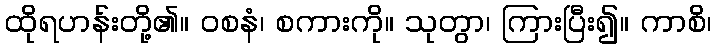
ထိုရဟန်းတို့၏။ ဝစနံ၊ စကားကို။ သုတွာ၊ ကြားပြီး၍။ ကာစိ၊